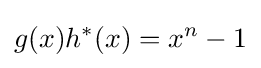
g(x)h^{*}(x)=x^{n}-1